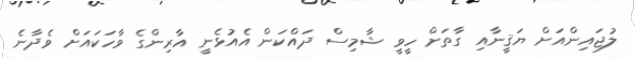
ލުޖައިންއަށް ޔަޤީނާއި ގާތަށް ހީވީ ޝާމިސް ދައްކަން އެއުޅެނީ އާރިންގެ ވާހަކައަށް ވެދާނެ